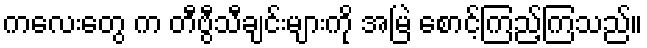
ကလေးတွေ က တီဗွီသီချင်းများကို အမြဲ စောင့်ကြည့်ကြသည်။